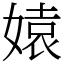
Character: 媴